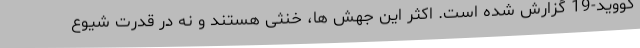
کووید-19 گزارش شده است. اکثر این جهش ها، خنثی هستند و نه در قدرت شیوع